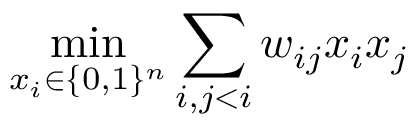
\operatorname* { m i n } _ { x _ { i } \in \{ 0 , 1 \} ^ { n } } \sum _ { i , j < i } w _ { i j } x _ { i } x _ { j }